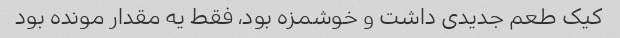
کیک طعم جدیدی داشت و خوشمزه بود، فقط یه مقدار مونده بود